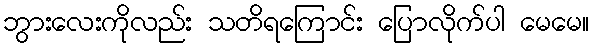
ဘွားလေးကိုလည်း သတိရကြောင်း ပြောလိုက်ပါ မေမေ။